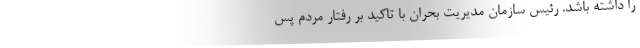
را داشته باشد. رئیس سازمان مدیریت بحران با تاکید بر رفتار مردم پس